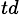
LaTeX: _{td}